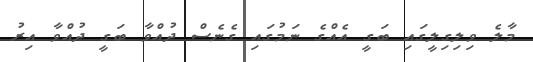
މާލެ ވިލިގިލީގައި ބަގީ އެއްގެ ނަމުގައި ގެނެސް ދުއްވާ ބަގީ ދުއްވާ އިރު